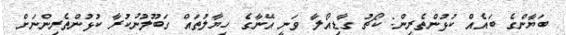
ބަޔާންގެ ބައެއް ކުޅުންތެރިން: ކޯޗު ގާޑިއޯލާ ވަނީ އޭނާގެ ހިޔާލުތައް ގަބޫލުނުކުރާ ކުޅުންތެރިންނަށް